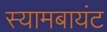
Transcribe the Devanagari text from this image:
स्‍यामबायंट